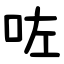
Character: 咗